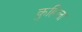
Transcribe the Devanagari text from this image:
कुहिला